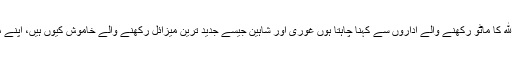
مقبوضہ کشمیر کے عوام اب ہمارے منتظر ہیں، جہاد فی سبیل اﷲ کا ماٹو رکھنے والے اداروں سے کہنا چاہتا ہوں غوری اور شاہین جیسے جدید ترین میزائل رکھنے والے خاموش کیوں ہیں، اپنے ماٹو کی لاج رکھیں ہماری نہیں سنتے تو اﷲ کے پیغام کو سنیں۔